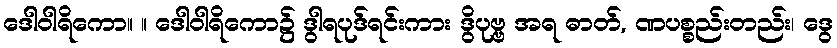
ဒေါဝါရိကော။ ။ ဒေါဝါရိကော၌ ဒွါရပုဒ်ရင်းကား ဒွိပုဗ္ဗ အရ ဓာတ်, ဏပစ္စည်းတည်း၊ ဒွေ